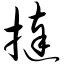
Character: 挞